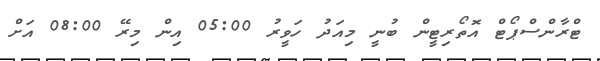
ޓްރާންސްޕޯޓް އޮތޯރިޓީން ބުނީ މިއަދު ހަވީރު 05:00 އިން މިރޭ 08:00 އަށް